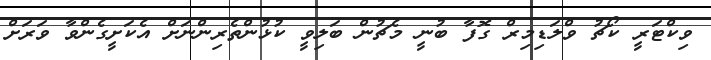
ވިކްޓަރީ ކޯޗު ވްލަޑިމިރް ގޮފާ ބުނީ މެޗުން ބަލިވީ ކުޅުންތެރިންނަށް އެކަށީގެންވާ ވަރަށް